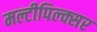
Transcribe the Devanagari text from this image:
मल्टीपिल्क्सर